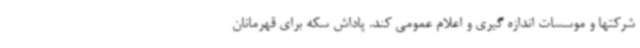
شرکتها و موسسات اندازه گیری و اعلام عمومی کند. پاداش سکه برای قهرمانان